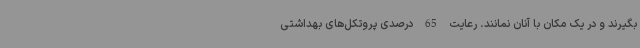
بگیرند و در یک مکان با آنان نمانند. رعایت 65 درصدی پروتکل‌های بهداشتی